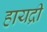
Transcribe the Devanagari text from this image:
हायद्री